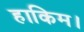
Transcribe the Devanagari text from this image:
हाकिम।